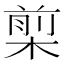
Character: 㮍